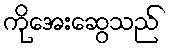
ကိုအေးဆွေသည်